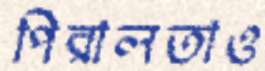
পিরালতাও